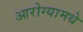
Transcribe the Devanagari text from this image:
आरोग्यामधे